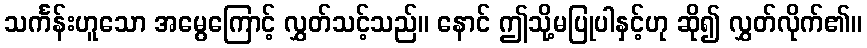
သင်္ကန်းဟူသော အမွေကြောင့် လွှတ်သင့်သည်။ နောင် ဤသို့မပြုပါနှင့်ဟု ဆို၍ လွှတ်လိုက်၏။